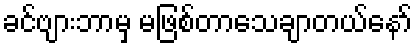
ခင်ဗျားဘာမှ မဖြစ်တာသေချာတယ်နော်